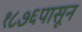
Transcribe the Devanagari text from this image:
१८७६पासून